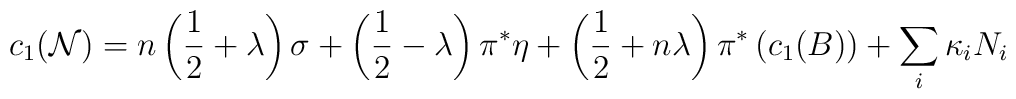
c_1({\cal N}) = n\left({1\over 2} + \lambda\right)\sigma +\left({1\over 2} - \lambda\right)\pi^*\eta +\left({1\over 2} + n\lambda\right)\pi^*\left(c_1(B)\right) +\sum_i\kappa_iN_i